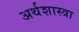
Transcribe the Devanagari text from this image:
अर्थशास्त्रा